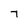
Character: 7